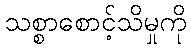
သစ္စာစောင့်သိမှုကို